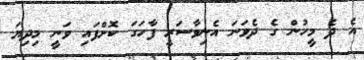
އެ ދެ މީހުން ގެ ދެވަނަ އެނިވާސަރީ ފާހަގަ ކޮށްފައި ވަނީ މިދިޔަ